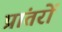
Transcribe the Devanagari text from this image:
प्रांतरों